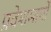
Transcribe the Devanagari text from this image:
प्रवेशमार्गों